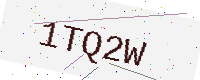
Text: 1TQ2W